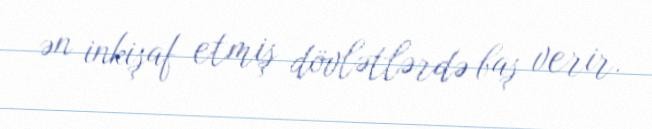
ən inkişaf etmiş dövlətlərdə baş verir.